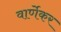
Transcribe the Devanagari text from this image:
वार्णेकर